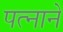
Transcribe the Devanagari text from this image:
पत्‍नाने